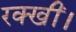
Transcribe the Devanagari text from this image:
रक्खीं।